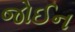
જોઈન